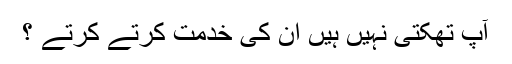
آپ تھکتی نہیں ہیں ان کی خدمت کرتے کرتے ؟